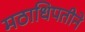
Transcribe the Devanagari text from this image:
मठाधिपतीने